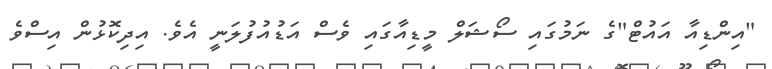
"އިންޑިއާ އައުޓް"ގެ ނަމުގައި ސޯޝަލް މީޑިއާގައި ވެސް އަޑުއުފުލަނީ އެވެ. އިދިކޮޅުން އިސްވެ